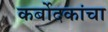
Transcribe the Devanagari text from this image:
कर्बोदकांचा